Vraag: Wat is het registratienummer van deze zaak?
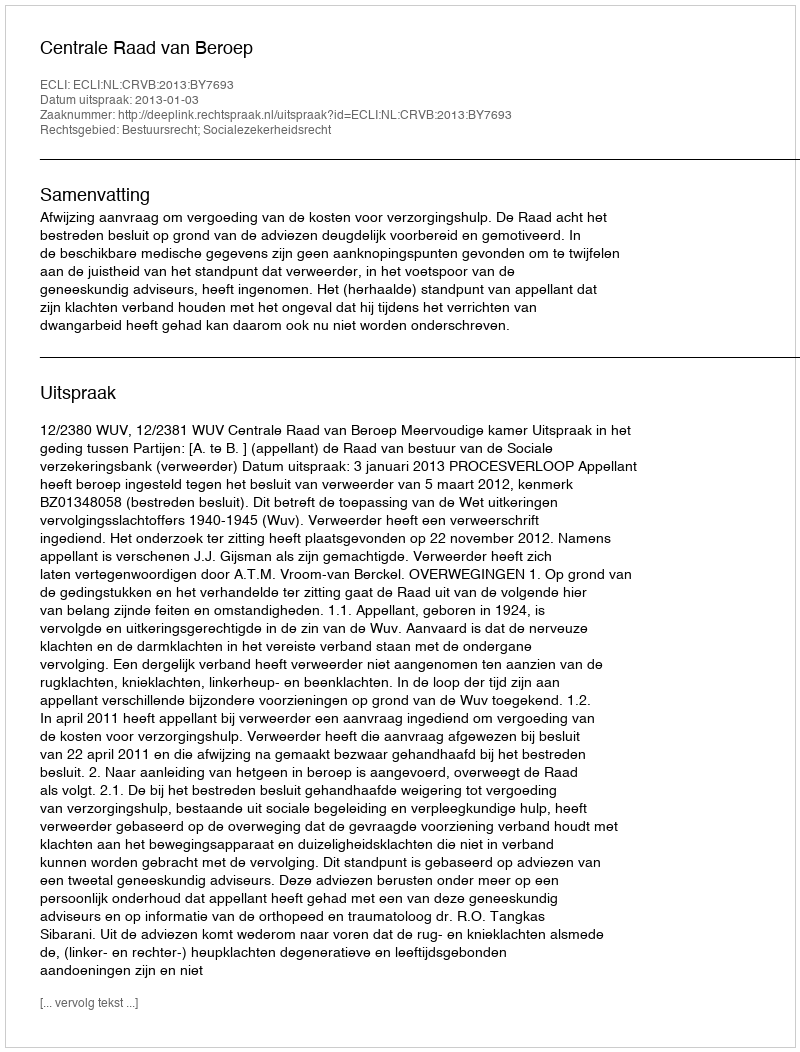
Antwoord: http://deeplink.rechtspraak.nl/uitspraak?id=ECLI:NL:CRVB:2013:BY7693